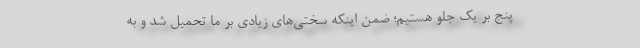
پنج بر یک جلو هستیم؛ ضمن اینکه سختی‌های زیادی بر ما تحمیل شد و به